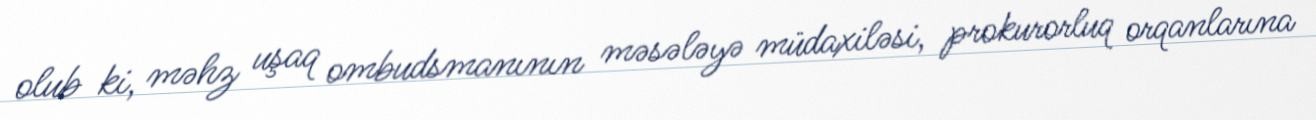
olub ki, məhz uşaq ombudsmanının məsələyə müdaxiləsi, prokurorluq orqanlarına